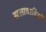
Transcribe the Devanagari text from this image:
सत्तावादियों